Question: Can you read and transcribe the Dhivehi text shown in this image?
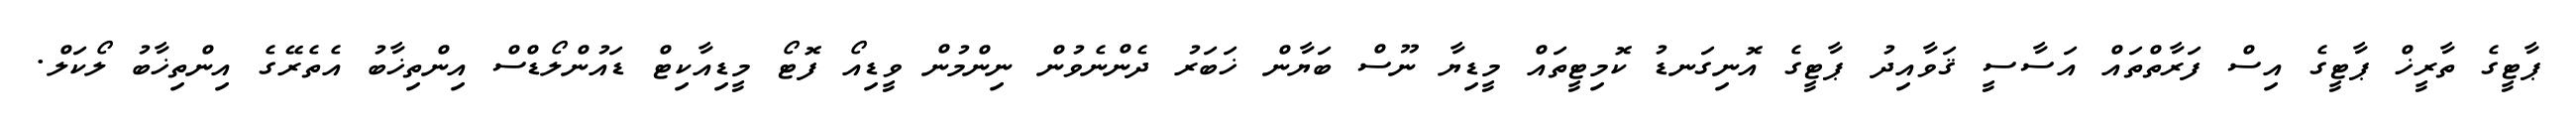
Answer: ޕާޓީގެ ތާރީޚް ޕާޓީގެ އިސް ފަރާތްތައް އަސާސީ ޤަވާއިދު ޕާޓީގެ އޮނިގަނޑު ކޮމިޓީތައް މީޑިޔާ ނޫސް ބަޔާން ޚަބަރު ދެންނެވުން ނިންމުން ވީޑިއޯ ފޮޓޯ މީޑިއާކިޓް ޑައުންލޯޑްސް އިންތިޚާބު އެތެރޭގެ އިންތިޚާބު ލޯކަލް.